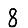
Digit: 8